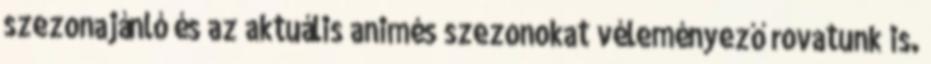
szezonajánló és az aktuális animés szezonokat véleményező rovatunk is.